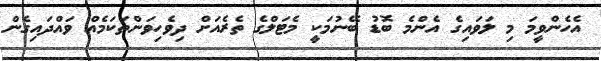
އެހެންވީމަ މި ލަވައިގެ އެންމެ ބޮޑު ބޭނުމަކީ މެޓަލްގެ ތެރެއަށް ދިވެހިވަންތަކަމެއް ވައްދައިގެން